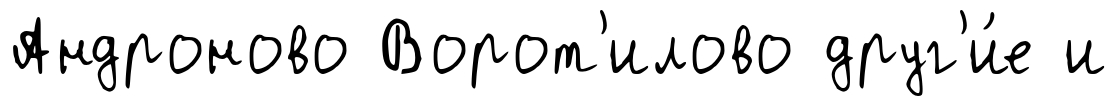
Андроново Ворот'илово друг'и́е и